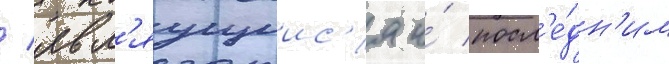
/ явл'яущиис'я и́ посл'е́дн'им